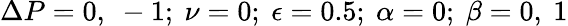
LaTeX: \Delta P=0,~-1;~\nu=0;~\epsilon=0.5;~\alpha=0;~\beta=0,~1